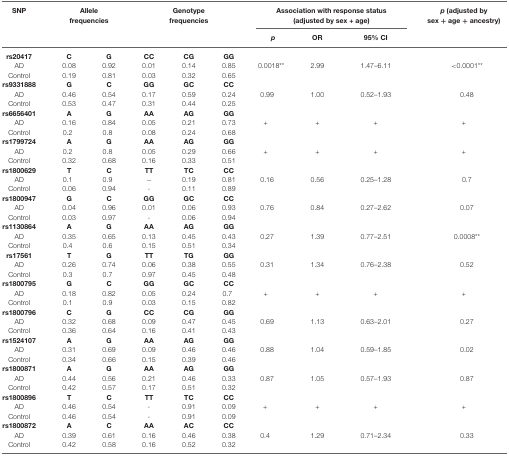
<table><thead><tr><td><b>SNP</b></td><td colspan="2"><b>Allele frequencies</b></td><td colspan="3"><b>Genotype frequencies</b></td><td colspan="3"><b>Association with response status (adjusted by sex + age)</b></td><td><b><i>p</i> (adjusted by sex + age + ancestry)</b></td></tr><tr><td></td><td></td><td></td><td></td><td></td><td></td><td><b><i>p</i></b></td><td><b>OR</b></td><td><b>95% CI</b></td></tr></thead><tbody><tr><td><b>rs20417</b></td><td><b>C</b></td><td><b>G</b></td><td><b>CC</b></td><td><b>CG</b></td><td><b>GG</b></td><td></td><td></td><td></td><td></td></tr><tr><td>AD</td><td>0.08</td><td>0.92</td><td>0.01</td><td>0.14</td><td>0.85</td><td>0.0018**</td><td>2.99</td><td>1.47–6.11</td><td>&lt;0.0001**</td></tr><tr><td>Control</td><td>0.19</td><td>0.81</td><td>0.03</td><td>0.32</td><td>0.65</td></tr><tr><td><b>rs9331888</b></td><td><b>G</b></td><td><b>C</b></td><td><b>GG</b></td><td><b>GC</b></td><td><b>CC</b></td></tr><tr><td>AD</td><td>0.46</td><td>0.54</td><td>0.17</td><td>0.59</td><td>0.24</td><td>0.99</td><td>1.00</td><td>0.52–1.93</td><td>0.48</td></tr><tr><td>Control</td><td>0.53</td><td>0.47</td><td>0.31</td><td>0.44</td><td>0.25</td></tr><tr><td><b>rs6656401</b></td><td><b>A</b></td><td><b>G</b></td><td><b>AA</b></td><td><b>AG</b></td><td><b>GG</b></td></tr><tr><td>AD</td><td>0.16</td><td>0.84</td><td>0.05</td><td>0.21</td><td>0.73</td><td>+</td><td>+</td><td>+</td><td>+</td></tr><tr><td>Control</td><td>0.2</td><td>0.8</td><td>0.08</td><td>0.24</td><td>0.68</td></tr><tr><td><b>rs1799724</b></td><td><b>A</b></td><td><b>G</b></td><td><b>AA</b></td><td><b>AG</b></td><td><b>GG</b></td></tr><tr><td>AD</td><td>0.2</td><td>0.8</td><td>0.05</td><td>0.29</td><td>0.66</td><td>+</td><td>+</td><td>+</td><td>+</td></tr><tr><td>Control</td><td>0.32</td><td>0.68</td><td>0.16</td><td>0.33</td><td>0.51</td></tr><tr><td><b>rs1800629</b></td><td><b>T</b></td><td><b>C</b></td><td><b>TT</b></td><td><b>TC</b></td><td><b>CC</b></td></tr><tr><td>AD</td><td>0.1</td><td>0.9</td><td>−</td><td>0.19</td><td>0.81</td><td>0.16</td><td>0.56</td><td>0.25–1.28</td><td>0.7</td></tr><tr><td>Control</td><td>0.06</td><td>0.94</td><td>-</td><td>0.11</td><td>0.89</td></tr><tr><td><b>rs1800947</b></td><td><b>G</b></td><td><b>C</b></td><td><b>GG</b></td><td><b>GC</b></td><td><b>CC</b></td></tr><tr><td>AD</td><td>0.04</td><td>0.96</td><td>0.01</td><td>0.06</td><td>0.93</td><td>0.76</td><td>0.84</td><td>0.27–2.62</td><td>0.07</td></tr><tr><td>Control</td><td>0.03</td><td>0.97</td><td>-</td><td>0.06</td><td>0.94</td></tr><tr><td><b>rs1130864</b></td><td><b>A</b></td><td><b>G</b></td><td><b>AA</b></td><td><b>AG</b></td><td><b>GG</b></td></tr><tr><td>AD</td><td>0.35</td><td>0.65</td><td>0.13</td><td>0.45</td><td>0.43</td><td>0.27</td><td>1.39</td><td>0.77–2.51</td><td>0.0008**</td></tr><tr><td>Control</td><td>0.4</td><td>0.6</td><td>0.15</td><td>0.51</td><td>0.34</td></tr><tr><td><b>rs17561</b></td><td><b>T</b></td><td><b>G</b></td><td><b>TT</b></td><td><b>TG</b></td><td><b>GG</b></td></tr><tr><td>AD</td><td>0.26</td><td>0.74</td><td>0.06</td><td>0.38</td><td>0.55</td><td>0.31</td><td>1.34</td><td>0.76–2.38</td><td>0.52</td></tr><tr><td>Control</td><td>0.3</td><td>0.7</td><td>0.97</td><td>0.45</td><td>0.48</td><td></td></tr><tr><td><b>rs1800795</b></td><td><b>G</b></td><td><b>C</b></td><td><b>GG</b></td><td><b>GC</b></td><td><b>CC</b></td></tr><tr><td>AD</td><td>0.18</td><td>0.82</td><td>0.05</td><td>0.24</td><td>0.7</td><td>+</td><td>+</td><td>+</td><td>+</td></tr><tr><td>Control</td><td>0.1</td><td>0.9</td><td>0.03</td><td>0.15</td><td>0.82</td></tr><tr><td><b>rs1800796</b></td><td><b>C</b></td><td><b>G</b></td><td><b>CC</b></td><td><b>CG</b></td><td><b>GG</b></td></tr><tr><td>AD</td><td>0.32</td><td>0.68</td><td>0.09</td><td>0.47</td><td>0.45</td><td>0.69</td><td>1.13</td><td>0.63–2.01</td><td>0.27</td></tr><tr><td>Control</td><td>0.36</td><td>0.64</td><td>0.16</td><td>0.41</td><td>0.43</td></tr><tr><td><b>rs1524107</b></td><td><b>A</b></td><td><b>G</b></td><td><b>AA</b></td><td><b>AG</b></td><td><b>GG</b></td></tr><tr><td>AD</td><td>0.31</td><td>0.69</td><td>0.09</td><td>0.46</td><td>0.46</td><td>0.88</td><td>1.04</td><td>0.59–1.85</td><td>0.02</td></tr><tr><td>Control</td><td>0.34</td><td>0.66</td><td>0.15</td><td>0.39</td><td>0.46</td></tr><tr><td><b>rs1800871</b></td><td><b>A</b></td><td><b>G</b></td><td><b>AA</b></td><td><b>AG</b></td><td><b>GG</b></td></tr><tr><td>AD</td><td>0.44</td><td>0.56</td><td>0.21</td><td>0.46</td><td>0.33</td><td>0.87</td><td>1.05</td><td>0.57–1.93</td><td>0.87</td></tr><tr><td>Control</td><td>0.42</td><td>0.57</td><td>0.17</td><td>0.51</td><td>0.32</td></tr><tr><td><b>rs1800896</b></td><td><b>T</b></td><td><b>C</b></td><td><b>TT</b></td><td><b>TC</b></td><td><b>CC</b></td></tr><tr><td>AD</td><td>0.46</td><td>0.54</td><td>-</td><td>0.91</td><td>0.09</td><td>+</td><td>+</td><td>+</td><td>+</td></tr><tr><td>Control</td><td>0.46</td><td>0.54</td><td>-</td><td>0.91</td><td>0.09</td></tr><tr><td><b>rs1800872</b></td><td><b>A</b></td><td><b>C</b></td><td><b>AA</b></td><td><b>AC</b></td><td><b>CC</b></td></tr><tr><td>AD</td><td>0.39</td><td>0.61</td><td>0.16</td><td>0.46</td><td>0.38</td><td>0.4</td><td>1.29</td><td>0.71–2.34</td><td>0.33</td></tr><tr><td>Control</td><td>0.42</td><td>0.58</td><td>0.16</td><td>0.52</td><td>0.32</td></tr></tbody></table>